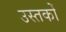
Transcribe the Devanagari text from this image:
उस्तकों